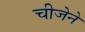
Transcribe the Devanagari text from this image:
चीजेने